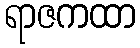
ရာဇကထာ